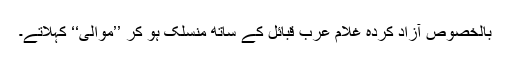
بالخصوص آزاد کردہ غلام عرب قبائل کے ساتھ منسلک ہو کر ’’موالی‘‘ کہلاتے۔